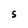
Character: 5